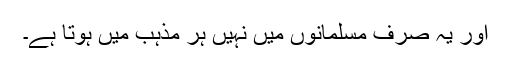
اور یہ صرف مسلمانوں میں نہیں ہر مذہب میں ہوتا ہے۔